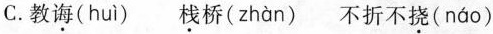
C.教\underset{·}{诲}(huì) \underset{·}{栈}桥(zhàn) 不折不\underset{·}{挠}(náo)